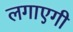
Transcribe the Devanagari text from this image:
लगाएगी